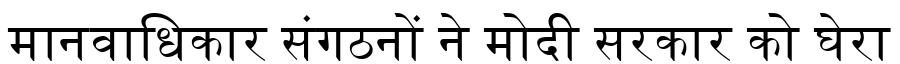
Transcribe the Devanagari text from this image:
मानवाधिकार संगठनों ने मोदी सरकार को घेरा